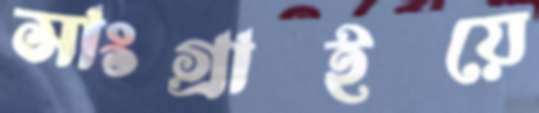
সাংগ্রাইয়ে